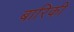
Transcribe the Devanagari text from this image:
बारिकी